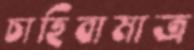
চাহিবামাত্র